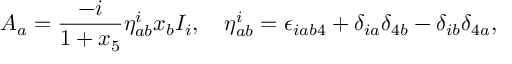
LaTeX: A _ { a } = \frac { - i } { 1 + x _ { 5 } } \eta _ { a b } ^ { i } x _ { b } I _ { i } , \quad \eta _ { a b } ^ { i } = \epsilon _ { i a b 4 } + \delta _ { i a } \delta _ { 4 b } - \delta _ { i b } \delta _ { 4 a } ,